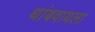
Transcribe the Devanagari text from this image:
थांबवायला